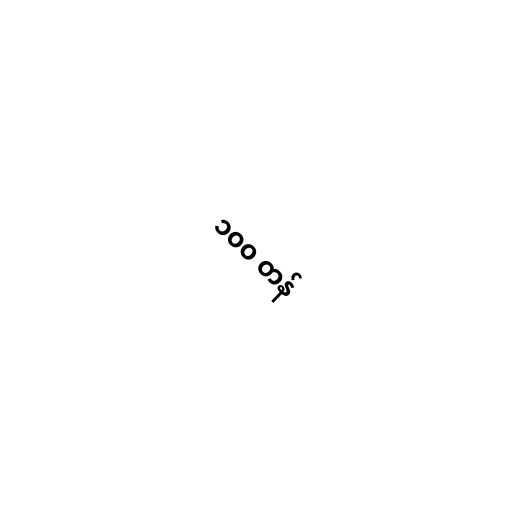
၁၀၀ တန်